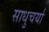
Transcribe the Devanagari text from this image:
साधुचर्या